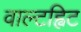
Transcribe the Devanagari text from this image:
वाल्टह्विट